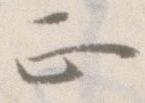
正